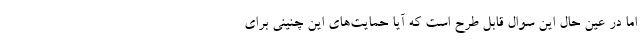
اما در عین حال این سوال قابل طرح است که آیا حمایت‌های این چنینی برای